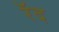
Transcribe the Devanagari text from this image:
रॅद